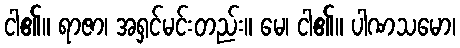
ငါ၏။ ရာဇာ၊ အရှင်မင်းတည်း။ မေ၊ ငါ၏။ ပါဏသမော၊